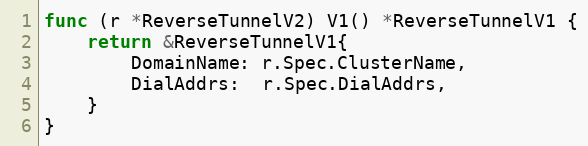
Language: Go
func (r *ReverseTunnelV2) V1() *ReverseTunnelV1 {
	return &ReverseTunnelV1{
		DomainName: r.Spec.ClusterName,
		DialAddrs:  r.Spec.DialAddrs,
	}
}